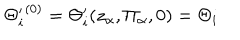
LaTeX: { \Theta _ { i } ^ { \prime } } ^ { ( 0 ) } = \Theta _ { i } ^ { \prime } ( z _ { \alpha } , \Pi _ { \alpha } , 0 ) = \Theta _ { i }